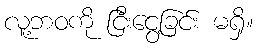
လူ့ဘဝကို ငြီးငွေ့ခြင်း မရှိ။